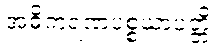
အဓိကရဏပစ္စယာပတ္တိ